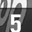
Digit: 5